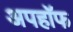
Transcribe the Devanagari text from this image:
अपहॉफ